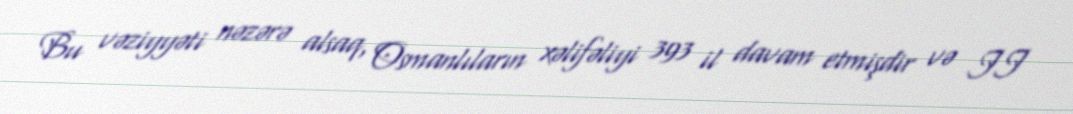
Bu vəziyyəti nəzərə alsaq, Osmanlıların xəlifəliyi 393 il davam etmişdir və II